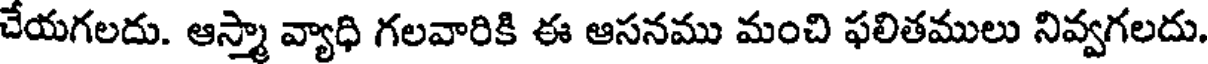
చేయగలదు. ఆస్మా వ్యాధి గలవారికి ఈ ఆసనము మంచి ఫలితములు నివ్వగలదు.